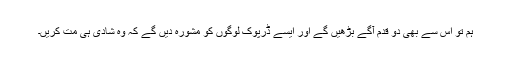
ہم تو اس سے بھی دو قدم آگے بڑھیں گے اور ایسے ڈرپوک لوگوں کو مشورہ دیں گے کہ وہ شادی ہی مت کریں۔